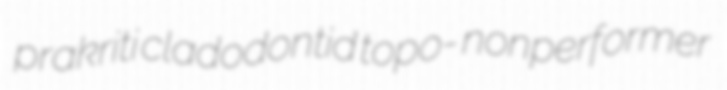
prakriti cladodontid topo- nonperformer